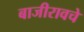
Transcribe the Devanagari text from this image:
बाजीरावचे